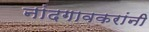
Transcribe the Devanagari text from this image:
नांदगावकरांनी